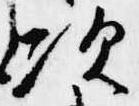
次